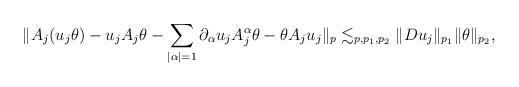
LaTeX: \begin{align*}\| A_j (u_j \theta) - u_j A_j \theta -\sum_{|\alpha|=1}\partial_{\alpha} u_j A_j^{\alpha} \theta - \theta A_j u_j \|_p \lesssim_{p,p_1,p_2} \| D u_j \|_{p_1} \| \theta \|_{p_2},\end{align*}